Report of the Indian Hemp Drugs Commission, 1894-1895 - Volume V
Year: 1894
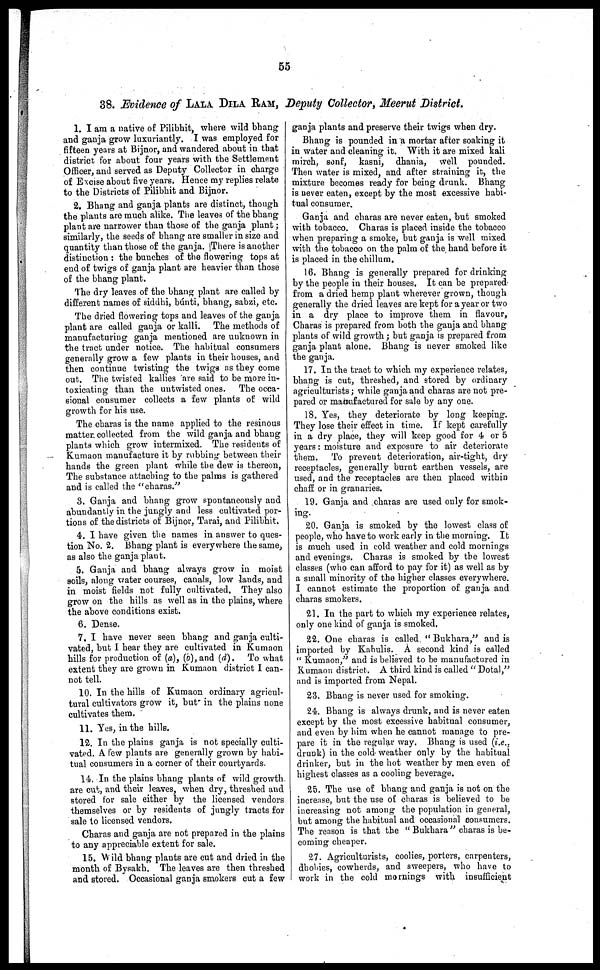
55
38. Evidence of LALA DILA RAM, Deputy Collector, Meerut District.
1. I am a native of Pilibhit, where wild bhang
and ganja grow luxuriantly. I was employed for
fifteen years at Bijnor, and wandered about in that
district for about four years with the Settlement
Officer, and served as Deputy Collector in charge
of Excise about five years, Hence my replies relate
to the Districts of Pilibhit and Bijnor.
2. Bhang and ganja plants are distinct, though
the plants are much alike. The leaves of the bhang
plant are narrower than those of the ganja plant ;
similarly, the seeds of bhang are smaller in size and
quantity than those of the ganja. There is another
distinction : the bunches of the flowering tops at
end of twigs of ganja plant are heavier than those
of the bhang plant.
The dry leaves of the bhang plant are called by
different names of siddhi, búnti, bhang, sabzi, etc.
The dried flowering tops and leaves of the ganja
plant are called ganja or kalli. The methods of
manufacturing ganja mentioned are unknown in
the tract under notice. The habitual consumers
generally grow a few plants in their houses, and
then continue twisting the twigs as they come
out. The twisted kallies are said to be more in-
toxicating than the untwisted ones. The occa-
sional consumer collects a few plants of wild
growth for his use.
The charas is the name applied to the resinous
matter collected from the wild ganja and bhang
plants which grow intermixed. The residents of
Kumaon manufacture it by rubbing between their
hands the green plant while the dew is thereon,
The substance attaching to the palms is gathered
and is called the "charas."
3. Ganja and bhang grow spontaneously and
abundantly in the jungly and less cultivated por-
tions of the districts of Bijnor, Tarai, and Pilibhit.
4. I have given the names in answer to ques-
tion No. 2. Bhang plant is everywhere the same,
as also the ganja plant.
5. Ganja and bhang always grow in moist
soils, along water courses, canals, low lands, and
in moist fields not fully cultivated. They also
grow on the hills as well as in the plains, where
the above conditions exist.
6. Dense.
7. I have never seen bhang and ganja culti-
vated, but I hear they are cultivated in Kumaon
hills for production of (a), (b), and (d). To what
extent they are grown in Kumaon district I can-
not tell.
10. In the hills of Kumaon ordinary agricul-
tural cultivators grow it, but in the plains none
cultivates them.
11. Yes, in the hills.
12. In the plains ganja is not specially culti-
vated. A. few plants are generally grown by habi-
tual consumers in a corner of their courtyards.
14. In the plains bhang plants of wild growth
are cut, and their leaves, when dry, threshed and
stored for sale either by the licensed vendors
themselves or by residents of jungly tracts for
sale to licensed vendors.
Charas and ganja are not prepared in the plains
to any appreciable extent for sale.
15. Wild bhang plants are cut and dried in the
month of Bysakh. The leaves are then threshed
and stored. Occasional ganja smokers cut a few
ganja plants and preserve their twigs when dry.
Bhang is pounded in a mortar after soaking it
in water and cleaning it. With it are mixed kali
mirch, sonf, kasni, dhania, well pounded.
Then water is mixed, and after straining it, the
mixture becomes ready for being drunk. Bhang
is never eaten, except by the most excessive habi-
tual consumer.
Ganja and charas are never eaten, but smoked
with tobacco. Charas is placed inside the tobacco
when preparing a smoke, but ganja is well mixed
with the tobacco on the palm of the hand before it
is placed in the chillum.
16. Bhang is generally prepared for drinking
by the people in their houses. It can be prepared
from a dried hemp plant wherever grown, though
generally the dried leaves are kept for a year or two
in a dry place to improve them in flavour,
Charas is prepared from both the ganja and bhang
plants of wild growth ; but ganja is prepared from
ganja plant alone. Bhang is never smoked like
the ganja.
17. In the tract to which my experience relates,
bhang is cut, threshed, and stored by ordinary
agriculturists ; while ganja and charas are not pre-
pared or manufactured for sale by any one.
18. Yes, they deteriorate by long keeping.
They lose their effect in time. If kept carefully
in a dry place, they will keep good for 4 or 5
years : moisture and exposure to air deteriorate
them. To prevent deterioration, air-tight, dry
receptacles, generally burnt earthen vessels, are
used, and the receptacles are then placed within
chaff or in granaries.
19. Ganja and charas are used only for smok-
ing.
20. Ganja is smoked by the lowest class of
people, who have to work early in the morning. It
is much used in cold weather and cold mornings
and evenings. Charas is smoked by the lowest
classes (who can afford to pay for it) as well as by
a small minority of the higher classes everywhere.
I cannot estimate the proportion of ganja and
charas smokers.
21. In the part to which my experience relates,
only one kind of ganja is smoked.
22. One charas is called. "Bukhara," and is
imported by Kabulis. A second kind is called
"Kumaon," and is believed to be manufactured in
Kumaon district. A third kind is called "Dotal,"
and is imported from Nepal.
23. Bhang is never used for smoking.
24. Bhang is always drunk, and is never eaten
except by the most excessive habitual consumer,
and even by him when he cannot manage to pre-
pare it in the regular way. Bhang is used (i.e.,
drunk) in the cold weather only by the habitual
drinker, but in the hot weather by men even of
highest classes as a cooling beverage.
25. The use of bhang and ganja is not on the
increase, but the use of charas is believed to be
increasing not among the population in general,
but among the habitual and occasional consumers.
The reason is that the "Bukhara" charas is be-
coming cheaper.
27. Agriculturists, coolies, porters, carpenters,
dhobies, cowherds, and sweepers, who have to
work in the cold mornings with insufficient